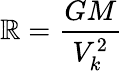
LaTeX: \mathbb{R}={\frac{{GM}}{{V_{k}^{2}}}}